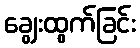
ချွေးထွက်ခြင်း